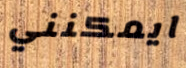
ايمكنني